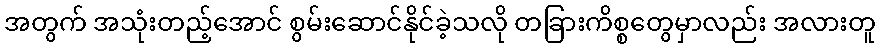
အတွက် အသုံးတည့်အောင် စွမ်းဆောင်နိုင်ခဲ့သလို တခြားကိစ္စတွေမှာလည်း အလားတူ